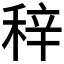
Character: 𥞽